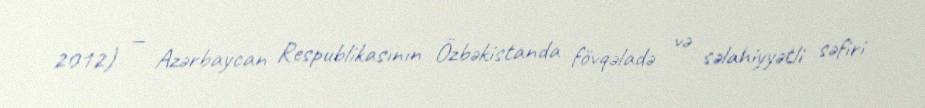
2012) — Azərbaycan Respublikasının Özbəkistanda fövqəladə və səlahiyyətli səfiri